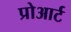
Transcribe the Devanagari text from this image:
प्रोआर्ट